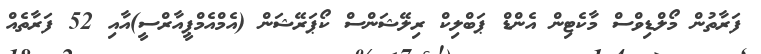
ފަރާތުން މޯލްޑިވްސް މާކެޓިން އެންޑް ޕަބްލިކް ރިލޭޝަންސް ކޯޕަރޭޝަން (އެމްއެމްޕީއާރްސީ)އާއި 52 ފަރާތެއް